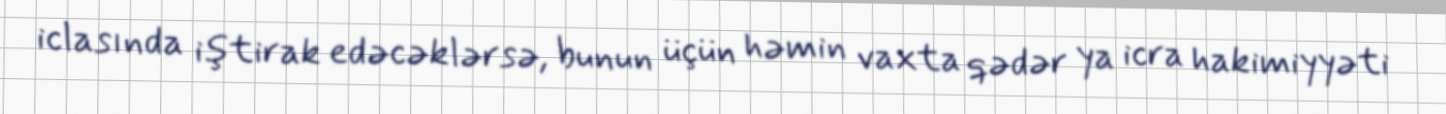
iclasında iştirak edəcəklərsə, bunun üçün həmin vaxta qədər ya icra hakimiyyəti